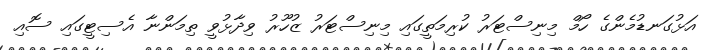
އަޅުގަނޑުމެންގެ ހޯމް މިނިސްޓަރު ކުރިމަތީގައި މިނިސްޓަރު ޒުހޫރު ވިދާޅުވީ ތިމަންނާ އެސިޓީގައި ސޮއި